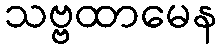
သဗ္ဗထာမေန